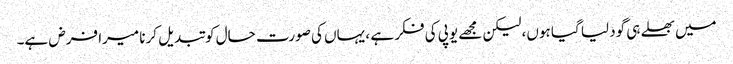
میں بھلے ہی گود لیا گیا ہوں، لیکن مجھے یوپی کی فکر ہے ، یہاں کی صورت حال کو تبدیل کرنا میرا فرض ہے۔